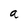
Character: a